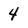
Character: 4